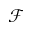
\mathcal { F }